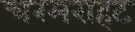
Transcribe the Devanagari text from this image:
चरमराहट